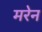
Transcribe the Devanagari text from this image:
मरेन